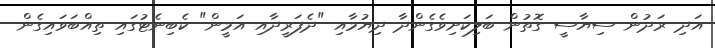
އަދި ރަދުން ސިޔާސީ ގޮތުން ބަލިކަށިވެގެންދާ ދިޔުމާއި "ދެފަރީދާއި އަމީން" ކެބިނެޓުގައި ތިއްބަވައިގެން